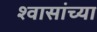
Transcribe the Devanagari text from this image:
श्वासांच्या